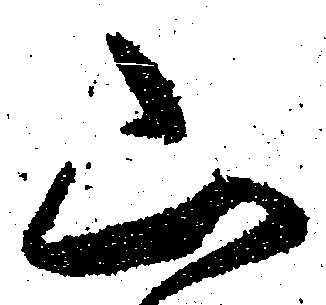
山